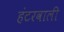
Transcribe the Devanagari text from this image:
हंटरवाली